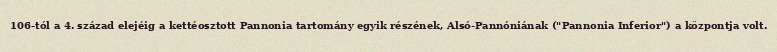
106-tól a 4. század elejéig a kettéosztott Pannonia tartomány egyik részének, Alsó-Pannóniának ("Pannonia Inferior") a központja volt.